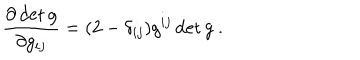
LaTeX: \frac { \partial \det g } { \partial g _ { i j } } = ( 2 - \delta _ { i j } ) g ^ { i j } \det g \ .